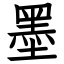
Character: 墨